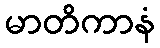
မာတိကာနံ